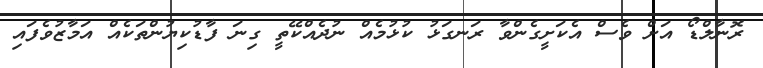
ރޮނާލްޑޯ އަށް ވެސް އެކަށީގެންވާ ރަނގަޅު ކުޅުމެއް ނުދެއްކޭތީ ގިނަ ފާޑުކިޔުންތަކެއް އަމާޒުވެފައި